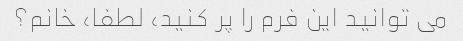
می توانید این فرم را پر کنید، لطفا، خانم؟